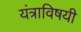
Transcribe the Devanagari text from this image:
यंत्राविषयी